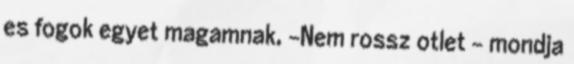
es fogok egyet magamnak, -Nem rossz otlet - mondja